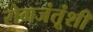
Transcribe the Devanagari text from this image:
रोगजंतूंशी